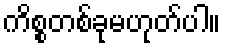
ကိစ္စတစ်ခုမဟုတ်ပါ။